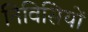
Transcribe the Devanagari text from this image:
निविसियों